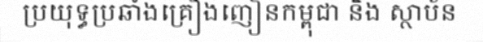
ប្រយុទ្ធប្រឆាំងគ្រឿងញៀនកម្ពុជា និង ស្ថាប័ន